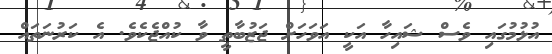
އުޅުމުގައި ވެސް ޝައިހާ އަކީ އަވަހަށް ޖަޒުބާތީ ވާ ކުއްޖެކެވެ. އެ ކަރުނަތައް